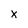
Character: X